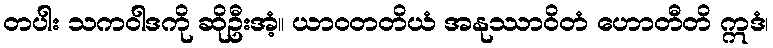
တပါး သကဝါဒကို ဆိုဦးအံ့။ ယာဝတတိယံ အနုဿာဝိတံ ဟောတီတိ ဣဒံ၊